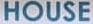
HOUSE